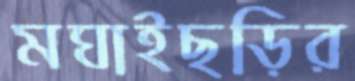
মঘাইছড়ির